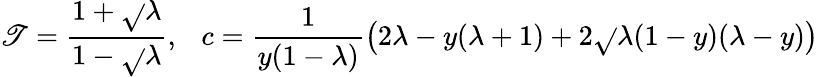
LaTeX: \mathscr{T}=\frac{{1+\sqrt{}{{\lambda}}}}{{1-\sqrt{}{{\lambda}}}},\ \ \ c=\frac{{1}}{{y(1-\lambda)}}\left(2\lambda-y(\lambda+1)+2\sqrt{}{{\lambda(1-y)(\lambda-y)}}\right)